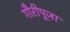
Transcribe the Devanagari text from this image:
गौरीपूजा